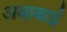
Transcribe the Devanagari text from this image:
अबाबाई